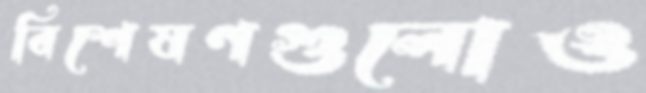
বিশেষণগুলোও